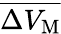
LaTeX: \overline{{\Delta V_{\mathrm M}}}